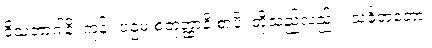
ဝိသဘာဂါနိ၊ ကုန်။ ပဌမ စတုတ္ထာနိ စာပိ၊ တို့သည်လည်း။ သင်္ခတတော၊